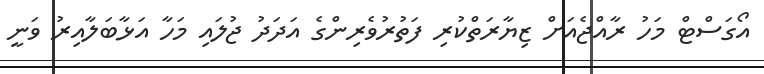
އޯގަސްޓް މަހު ރާއްޖެއަށް ޒިޔާރަތްކުރި ފަތުރުވެރިންގެ އަދަދު ޖުލައި މަހާ އަޅާބަލާއިރު ވަނީ